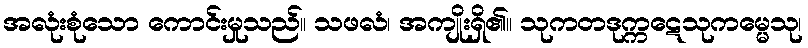
အလုံးစုံသော ကောင်းမှုသည်။ သဖလံ၊ အကျိုးရှိ၏။ သုကတဒုက္ကဋေသုကမ္မေသု၊